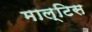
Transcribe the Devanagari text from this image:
माल्टिस